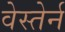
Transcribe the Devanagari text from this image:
वेस्तेर्न